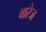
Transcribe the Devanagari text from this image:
वारेज